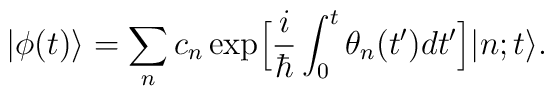
|\phi(t)\bigr>=\sum_{n} c_{n} \exp \Bigl[\frac{i}{\hbar}\int_{0}^{t}  \theta_{n}(t^{\prime}) d t^{\prime} \Bigr]|n;t \bigr>.